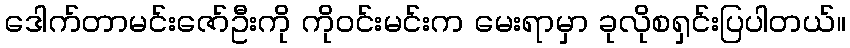
ဒေါက်တာမင်းဇော်ဦးကို ကိုဝင်းမင်းက မေးရာမှာ ခုလိုစရှင်းပြပါတယ်။